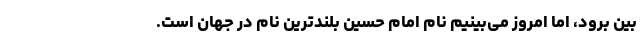
بین برود، اما امروز می‌بینیم نام امام حسین بلندترین نام در جهان است.